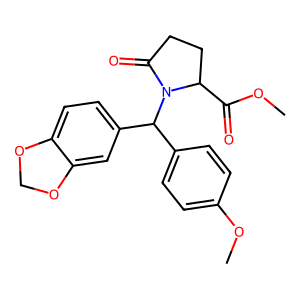
SMILES: COC(=O)C1CCC(=O)N1C(c1ccc(OC)cc1)c1ccc2c(c1)OCO2
Inhibits HIV replication: No